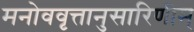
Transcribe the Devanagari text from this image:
मनोववृत्तानुसारिणीम्